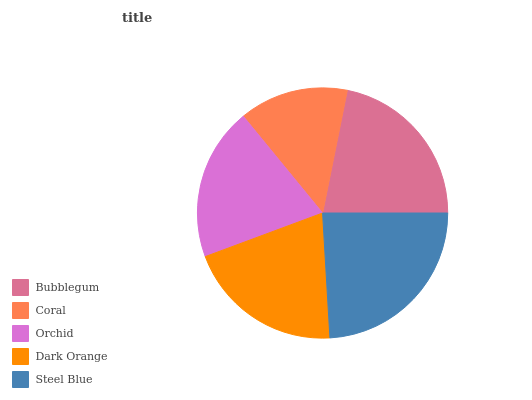
| Bubblegum | Coral | Orchid | Dark Orange | Steel Blue |
 | --- | --- | --- | --- | --- |
 | 21.8% | 14.1% | 19.8% | 20.2% | 24.1% |